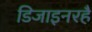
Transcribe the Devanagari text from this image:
डिजाइनरहै